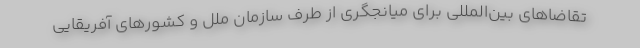
تقاضاهای بین‌المللی برای میانجگری از طرف سازمان ملل و کشورهای آفریقایی